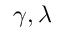
\gamma , \lambda